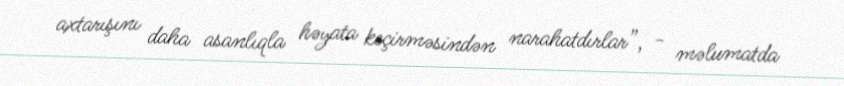
axtarışını daha asanlıqla həyata keçirməsindən narahatdırlar”, - məlumatda